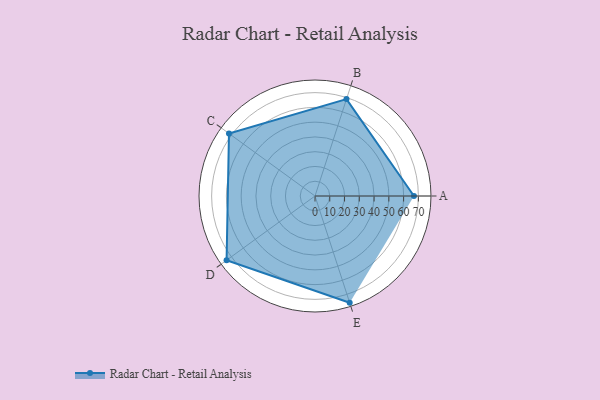
{"axis": {"x": "Skill", "y": "Score"}, "legend": ["Profile"], "data": [{"x": "A", "y": 67.0, "type": "Profile"}, {"x": "B", "y": 69.0, "type": "Profile"}, {"x": "C", "y": 72.0, "type": "Profile"}, {"x": "D", "y": 74.0, "type": "Profile"}, {"x": "E", "y": 76.0, "type": "Profile"}]}